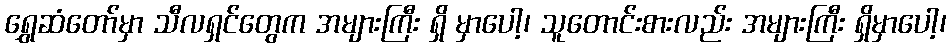
ရွှေဆံတော်မှာ သီလရှင်တွေက အများကြီး ရှိ မှာပေါ့၊ သူတောင်းစားလည်း အများကြီး ရှိမှာပေါ့၊